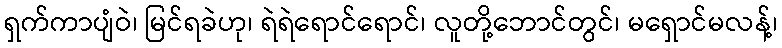
ရှက်ကာပျံဝဲ၊ မြင်ရခဲဟု၊ ရဲရဲရောင်ရောင်၊ လူတို့ဘောင်တွင်၊ မရှောင်မလန့်၊